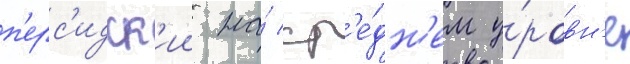
п'ерс'идск'ии на́ ср'е́дн'ем у́ровн'е